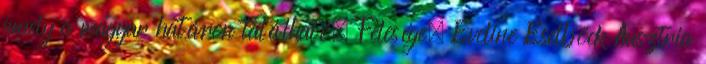
amely a magyar határon található. Felesége, Eveline Eselböck Ausztria